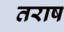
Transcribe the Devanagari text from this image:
तराष